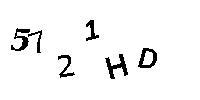
5721HD